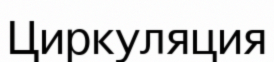
Циркуляция